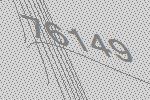
76149